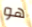
هو